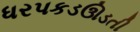
ધરપકડઊડતી